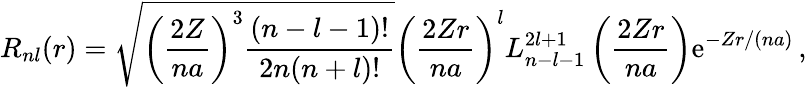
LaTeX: R_{nl}(r)=\sqrt{\left(\frac{2Z}{na}\right)^{3}\frac{(n-l-1)!}{2n(n+l)!}}\left(\frac{2Zr}{na}\right)^{l}L_{n-l-1}^{2l+1}\left(\frac{2Zr}{na}\right)\mathrm{e}^{-Zr/(na)}\, ,